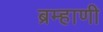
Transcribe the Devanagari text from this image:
ब्रम्हाणी